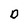
Character: O